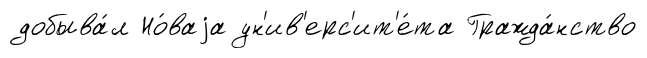
добыва́л Но́ваjа ун'ив'ерс'ит'е́та Гражда́нство